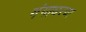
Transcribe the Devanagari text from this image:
गंगाधरचा